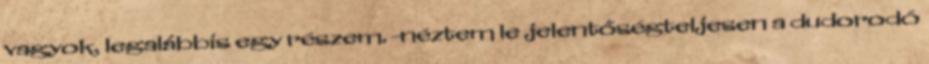
vagyok, legalábbis egy részem. -néztem le jelentőségteljesen a dudorodó